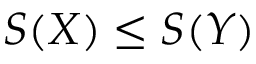
S ( X ) \leq S ( Y )